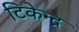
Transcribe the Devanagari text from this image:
टिकेन्द्र